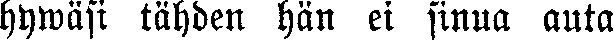
hywäsi tähden hän ei sinua auta